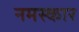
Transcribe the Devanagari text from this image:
नमस्कार